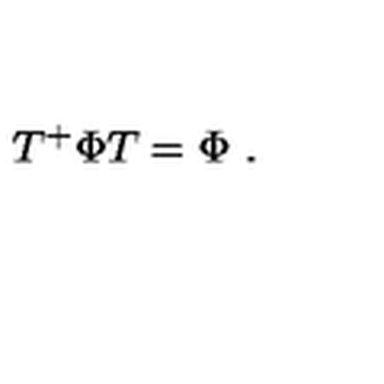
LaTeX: T ^ { + } \Phi T = \Phi \ .